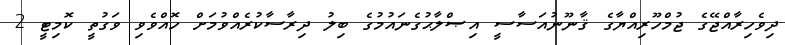
ދިވެހިރާއްޖޭގެ ޖުމްހޫރިއްޔާގެ ޤާނޫނުއަސާސީ އިޞްލާޙުގެނައުމުގެ ބިލު ދިރާސާކުރެއްވުމަށް ހޮއްވެވި ވަގުތީ ކޮމިޓީ 2